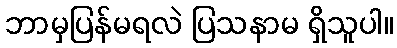
ဘာမှပြန်မရလဲ ပြသနာမ ရှိသူပါ။